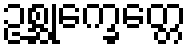
ဥစ္ဆုက္ခေတ္တေ